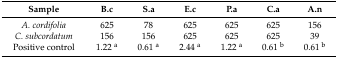
<table><thead><tr><td><b>Sample</b></td><td><b>B.c</b></td><td><b>S.a</b></td><td><b>E.c</b></td><td><b>P.a</b></td><td><b>C.a</b></td><td><b>A.n</b></td></tr></thead><tbody><tr><td><i>A. cordifolia</i></td><td>625</td><td>78</td><td>625</td><td>625</td><td>625</td><td>156</td></tr><tr><td><i>C. subcordatum</i></td><td>156</td><td>156</td><td>625</td><td>625</td><td>625</td><td>39</td></tr><tr><td>Positive control</td><td>1.22 <sup>a</sup></td><td>0.61 <sup>a</sup></td><td>2.44 <sup>a</sup></td><td>1.22 <sup>a</sup></td><td>0.61 <sup>b</sup></td><td>0.61 <sup>b</sup></td></tr></tbody></table>